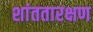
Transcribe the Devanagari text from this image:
शांततारक्षण